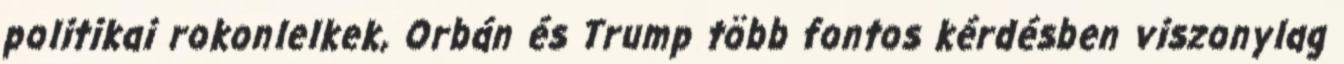
politikai rokonlelkek, Orbán és Trump több fontos kérdésben viszonylag